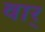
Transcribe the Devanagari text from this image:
वार्